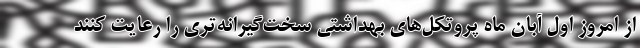
از امروز اول آبان ماه پروتکل‌های بهداشتی سخت‌گیرانه‌تری را رعایت کنند